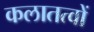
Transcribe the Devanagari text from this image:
कलातत्वों